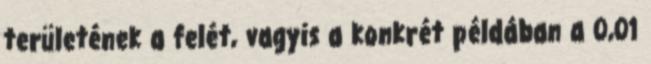
területének a felét, vagyis a konkrét példában a 0,01